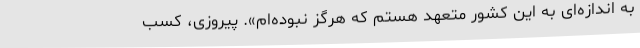
به اندازه‌ای به این کشور متعهد هستم که هرگز نبوده‌ام». پیروزی، کسب